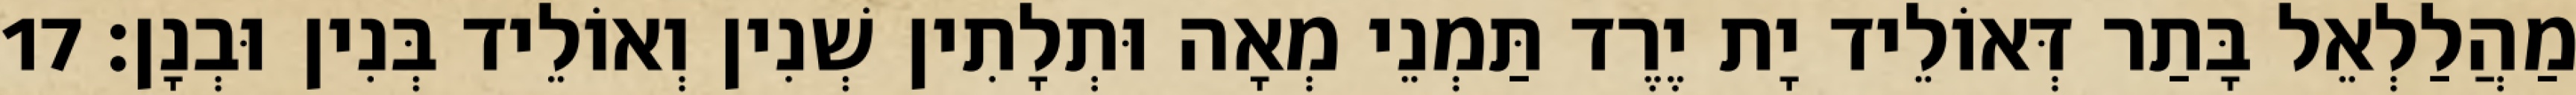
מַהֲלַלְאֵל בָּתַר דְּאוֹלֵיד יָת יֶרֶד תַּמְנֵי מְאָה וּתְלָתִין שְׁנִין וְאוֹלֵיד בְּנִין וּבְנָן׃ 17